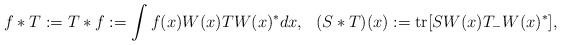
LaTeX: \begin{align*}f*T :=T*f &:= \int f(x) W(x) T W(x)^*dx, & (S*T)(x) &:= {\rm tr}[SW(x)T_-W(x)^*],\end{align*}